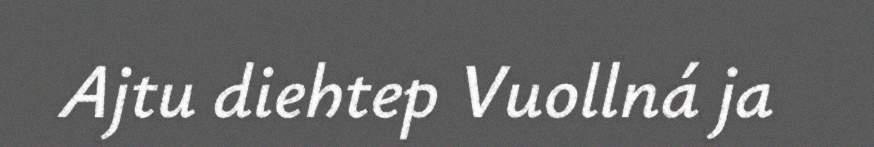
Ajtu diehtep Vuollná ja